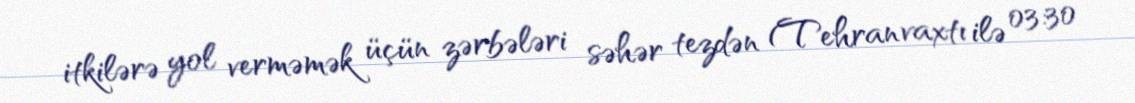
itkilərə yol verməmək üçün zərbələri səhər tezdən (Tehran vaxtı ilə 03:30